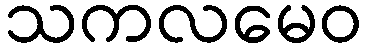
သကလမေဝ